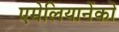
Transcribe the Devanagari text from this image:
एमेलियानेंको